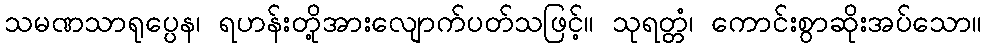
သမဏသာရုပ္ပေန၊ ရဟန်းတို့အားလျောက်ပတ်သဖြင့်။ သုရတ္တံ၊ ကောင်းစွာဆိုးအပ်သော။